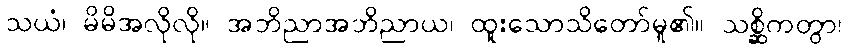
သယံ၊ မိမိအလိုလို။ အဘိညာအဘိညာယ၊ ထူးသောသိတော်မူ၏။ သစ္ဆိကတွာ၊